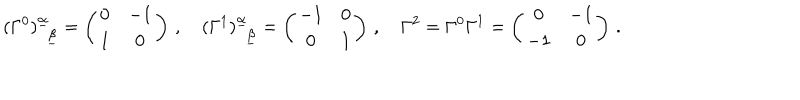
LaTeX: ( \Gamma ^ { 0 } ) _ { ~ ~ \underline { { \beta } } } ^ { \underline { { \alpha } } } = \left( \begin{array} { c c } { { 0 } } & { { - 1 } } \\ { { 1 } } & { { 0 } } \\ \end{array} \right) \, , \quad ( \Gamma ^ { 1 } ) _ { ~ ~ \underline { { \beta } } } ^ { \underline { { \alpha } } } = \left( \begin{array} { c c } { { - 1 } } & { { 0 } } \\ { { 0 } } & { { 1 } } \\ \end{array} \right) \, , \quad \Gamma ^ { 2 } = \Gamma ^ { 0 } \Gamma ^ { 1 } = \left( \begin{array} { c c } { { 0 } } & { { - 1 } } \\ { { - 1 } } & { { 0 } } \\ \end{array} \right) \, .